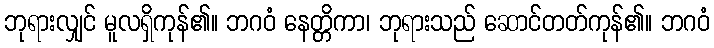
ဘုရားလျှင် မူလရှိကုန်၏။ ဘဂဝံ နေတ္တိကာ၊ ဘုရားသည် ဆောင်တတ်ကုန်၏။ ဘဂဝံ